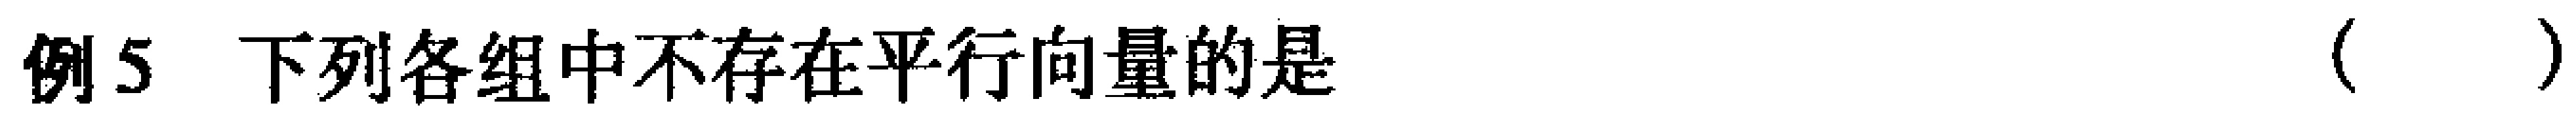
例5 下列各组中不存在平行向量的是（  ）